Code of medical and sanitary regulations for the guidance of medical officers serving in the Madras Presidency - Volume I
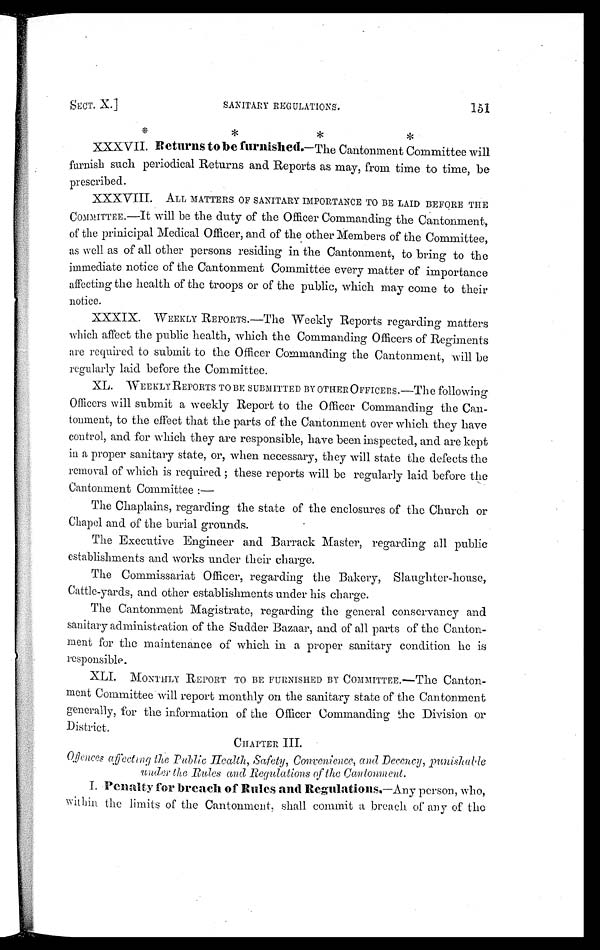
SECT. X.]
SANITARY REGULATIONS.
151
* * * *
XXXVII. Returns to be furnished. —The Cantonment Committee will
furn
ish such periodical Returns and Reports as may, from time to time, be
prescribed.
XXXVIII. ALL MATTERS OF SANITARY IMPORTANCE TO BE LAID BEFORE THE
COMMITTEE.—It will be the duty of the Officer Commanding the Cantonment,
of the prinicipal Medical Officer, and of the other Members of the Committee,
as well as of all other persons residing in the Cantonment, to bring to the
immediate notice of the Cantonment Committee every matter of importance
affecting the health of the troops or of the public, which may come to their
notice.
XXXIX. WEEKLY REPORTS.—The Weekly Reports regarding matters
which affect the public health, which the Commanding Officers of Regiments
are required to submit to the Officer Commanding the Cantonment, will be
regularly laid before the Committee.
XL. WEEKLY REPORTS TO BE SUBMITTED BY OTHER OFFICERS.—The following
Officers will submit a weekly Report to the Officer Commanding the Can-
tonment, to the effect that the parts of the Cantonment over which they have
control, and for which they are responsible, have been inspected, and are kept
in a proper sanitary state, or, when necessary, they will state the defects the
removal of which is required ; these reports will be regularly laid before the
Cantonment Committee :
—
The Chaplains, regarding the state of the enclosures of the Church or
Chapel and of the burial grounds.
The Executive Engineer and Barrack Master, regarding all public
establishments and works under their charge.
The Commissariat Officer, regarding the Bakery, Slaughter-house,
Cattle-yards, and other establishments under his charge.
The Cantonment Magistrate, regarding the general conservancy and
sanitary administration of the Sudder Bazaar, and of all parts of the Canton-
ment for the maintenance of which in a proper sanitary condition he is
responsible.
XLI. MONTHLY REPORT TO BE FURNISHED BY COMMITTEE.—The Canton-
ment Committee will report monthly on the sanitary state of the Cantonment
generally, for the information of the Officer Commanding the Division or
District.
CHAPTER III.
Offences affecting the Public health, Safety, Convenience, and Decency, punishable
under the Rules and Regulations of the Cantonment.
I. Penalty for breach of Rules and Regulations.—Any person, who,
within the limits or the Cantonment, shall commit a breach of any of the